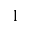
^ 1